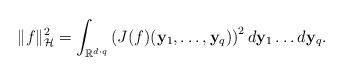
LaTeX: \begin{align*}\Vert f\Vert _{\mathcal{H}}^{2} = \int_{\mathbb{R}^{d\cdot q}}\left( J(f) (\mathbf{y}_{1}, \ldots ,\mathbf{y}_{q}) \right)^{2} d\mathbf{y}_{1} \ldots d\mathbf{y}_{q}.\end{align*}